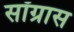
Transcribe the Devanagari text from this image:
सॉग्रास